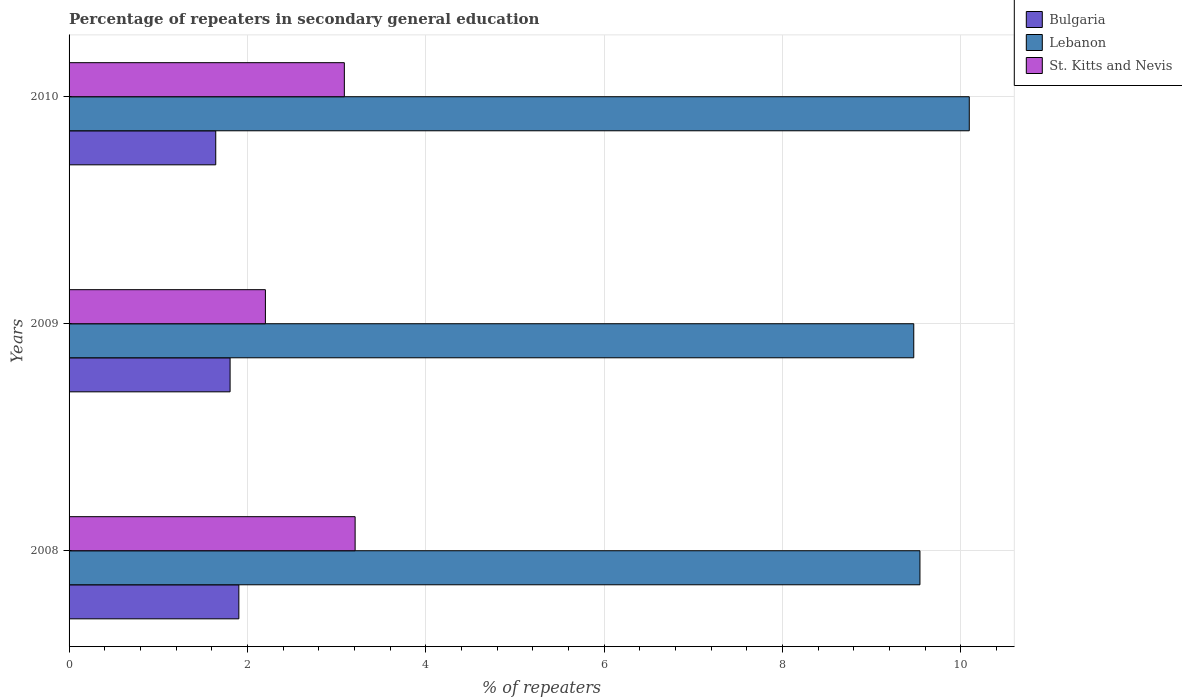
| Years | Bulgaria | Lebanon | St. Kitts and Nevis |
 | --- | --- | --- | --- |
 | 2008 | 1.9 | 9.54 | 3.21 |
 | 2009 | 1.81 | 9.47 | 2.2 |
 | 2010 | 1.64 | 10.1 | 3.09 |